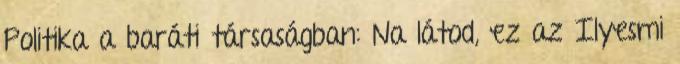
Politika a baráti társaságban: Na látod, ez az Ilyesmi